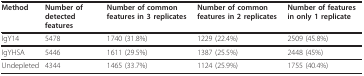
<table><thead><tr><td><b>Method </b></td><td><b>Number of detected features</b></td><td><b>Number of common features in 3 replicates</b></td><td><b>Number of common features in 2 replicates</b></td><td><b>Number of features in only 1 replicate</b></td></tr></thead><tbody><tr><td>IgY14</td><td>5478</td><td>1740 (31.8%)</td><td>1229 (22.4%)</td><td>2509 (45.8%)</td></tr><tr><td>IgYHSA</td><td>5446</td><td>1611 (29.5%)</td><td>1387 (25.5%)</td><td>2448 (45%)</td></tr><tr><td>Undepleted</td><td>4344</td><td>1465 (33.7%)</td><td>1124 (25.9%)</td><td>1755 (40.4%)</td></tr></tbody></table>